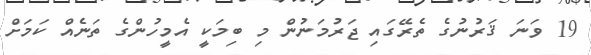
19 ވަނަ ޤަރުނުގެ ތެރޭގައި ޖަރުމަނުން މި ބިމަކީ އެމީހުންގެ ތަނެއް ކަމަށް